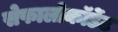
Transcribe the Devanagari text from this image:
सेफालोकॉर्डेट